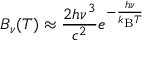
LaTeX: B _ { \nu } ( T ) \approx { \frac { 2 h \nu ^ { 3 } } { c ^ { 2 } } } e ^ { - { \frac { h \nu } { k _ { \mathrm { B } } T } } }